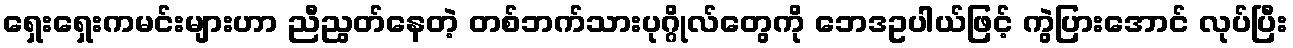
ရှေးရှေးကမင်းများဟာ ညီညွတ်နေတဲ့ တစ်ဘက်သားပုဂ္ဂိုလ်တွေကို ဘေဒဥပါယ်ဖြင့် ကွဲပြားအောင် လုပ်ပြီး